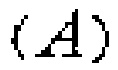
$(A)$